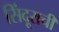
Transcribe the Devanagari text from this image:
सिंदूराची